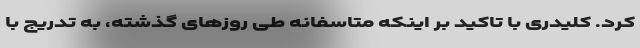
کرد. کلیدری با تاکید بر اینکه متاسفانه طی روزهای گذشته، به تدریج با